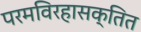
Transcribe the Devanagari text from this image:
परमविरहासक्तित